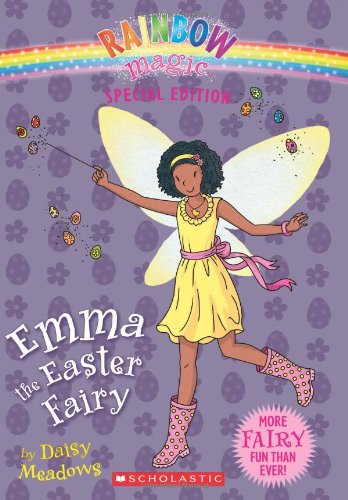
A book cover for Rainbow Magic Special Edition: Emma the Easter Fairy; Daisy Meadows; Children's Books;